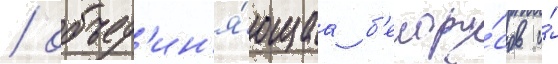
/ объед'ин'я́ющаа б'елору́сов и́